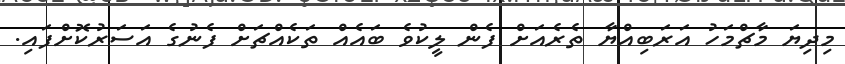
މިދިޔަ މާޗްމަހު އަރަބިއްޔާ ތެރެއަށް ފެން ލީކުވެ ބައެއް ތަކެއްޗަށް ފެނުގެ އަސަރުކޮށްފައި.